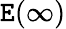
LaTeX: \mathtt{E}(\infty)